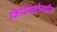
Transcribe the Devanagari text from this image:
किरिबाटीमधील